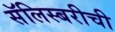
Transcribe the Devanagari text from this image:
सॅलिस्बरीची